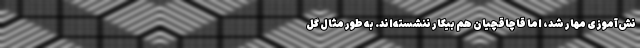
نش‌آموزی مهار شد، اما قاچاقچیان هم بیکار ننشسته‌اند. به طور مثال گل